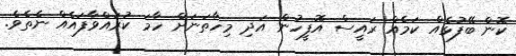
ކޮން ބޭފުޅެއް ކަމެއް ރައީސް އޮފީހުން އަދި މިހާތަނަށް ހާމަ ކުރައްވާފައެއް ނެތެވެ.